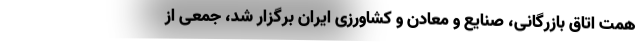
همت اتاق بازرگانی، صنایع و معادن و کشاورزی ایران برگزار شد، جمعی از